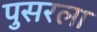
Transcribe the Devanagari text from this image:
पुसरला